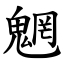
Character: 魍